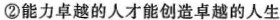
②能力卓越的人才能创造卓越的人生